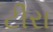
ટીરા